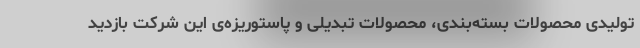
تولیدی محصولات بسته‌بندی، محصولات تبدیلی و پاستوریزه‌ی این شرکت بازدید